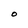
Character: O